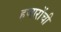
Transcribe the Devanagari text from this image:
हजारोंची